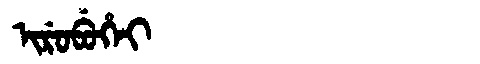
Manchu: ᡳᡵᡠᠪᡠᡥᡝᡳ
Romanization: IRUBUHEI